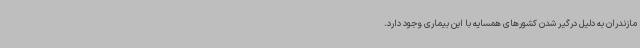
مازندران به دلیل درگیر شدن کشورهای همسایه با این بیماری وجود دارد.